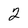
Character: 2